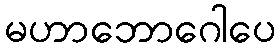
မဟာဘောဂေါပေ